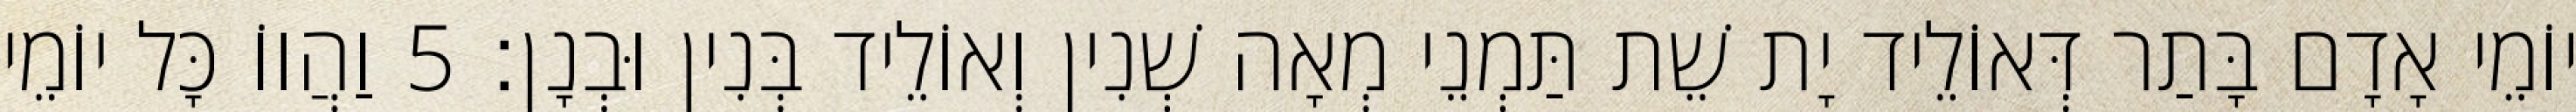
יוֹמֵי אָדָם בָּתַר דְּאוֹלֵיד יָת שֵׁת תַּמְנֵי מְאָה שְׁנִין וְאוֹלֵיד בְּנִין וּבְנָן׃ 5 וַהֲווֹ כָּל יוֹמֵי